Indian journal of veterinary science and animal husbandry - Volumes 22-23, 1952-1953
Year: 1952
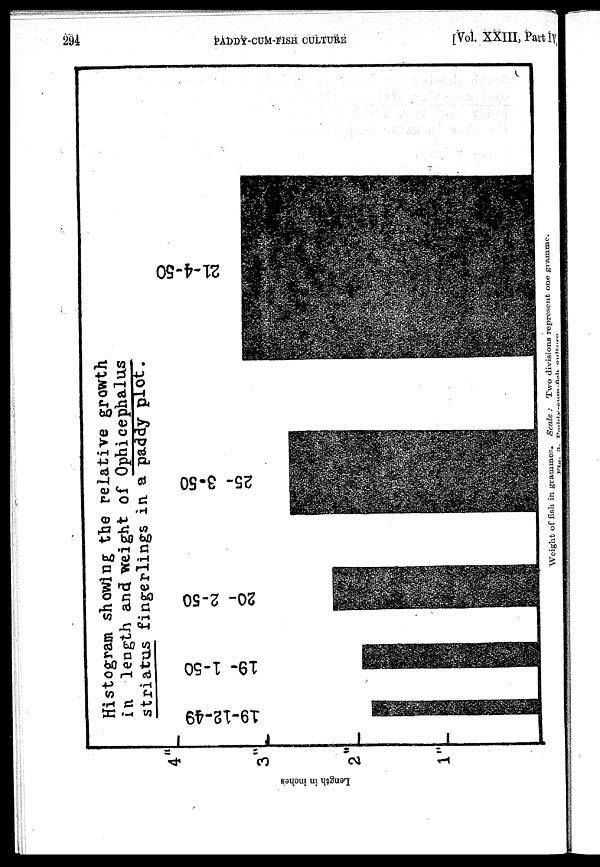
294
PADDY-CUM-FISH
CULTURE
[Vol. XXIII, Part IV,
Weight of fish in grammes. Scale : Two divisions represent one gramme.
Fig. 3. Paddy-cum-fish culture